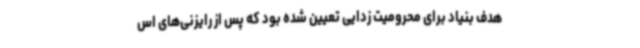
هدف بنیاد برای محرومیت زدایی تعیین شده بود که پس از رایزنی‌های اس